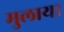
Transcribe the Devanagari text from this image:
मुलाया